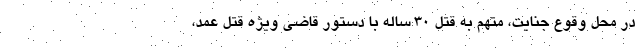
در محل وقوع جنایت، متهم به قتل ۳۰ ساله با دستور قاضی ویژه قتل عمد،